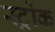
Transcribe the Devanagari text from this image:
स्‍ट्रोक